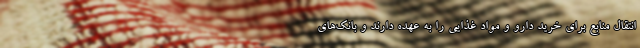
انتقال منابع برای خرید دارو و مواد غذایی را به عهده دارند و بانک‌های